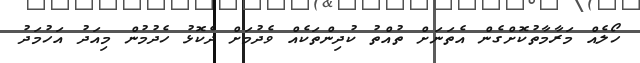
ހޯލެއް މަރާމާތުކޮށްގެން އެތަނަށް ތުއްތު ކުދިންތަކެއް ވެދުމަށް ދެކޮޅު ހެދުމުން މިއަދު އަހުމަދު